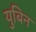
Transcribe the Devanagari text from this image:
युबिन